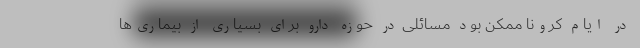
در ایام کرونا ممکن بود مسائلی در حوزه دارو برای بسیاری از بیماری‌ها